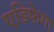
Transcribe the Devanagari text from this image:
एडिफेगा